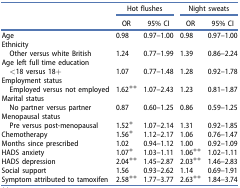
<table><thead><tr><td><b> </b></td><td colspan="2"><b>Hot flushes</b></td><td colspan="2"><b>Night sweats</b></td></tr><tr><td><b> </b></td><td><b>OR</b></td><td><b>95% CI</b></td><td><b>OR</b></td><td><b>95% CI</b></td></tr></thead><tbody><tr><td>Age</td><td>0.98</td><td>0.97–1.00</td><td>0.98</td><td>0.97–1.00</td></tr><tr><td>Ethnicity</td><td> </td><td> </td><td> </td><td> </td></tr><tr><td> Other versus white British</td><td>1.24</td><td>0.77–1.99</td><td>1.39</td><td>0.86–2.24</td></tr><tr><td>Age left full time education</td><td> </td><td> </td><td> </td><td> </td></tr><tr><td> &lt;18 versus 18+</td><td>1.07</td><td>0.77–1.48</td><td>1.28</td><td>0.92–1.78</td></tr><tr><td>Employment status</td><td> </td><td> </td><td> </td><td> </td></tr><tr><td> Employed versus not employed</td><td>1.62**</td><td>1.07–2.43</td><td>1.23</td><td>0.81–1.87</td></tr><tr><td>Marital status</td><td> </td><td> </td><td> </td><td> </td></tr><tr><td> No partner versus partner</td><td>0.87</td><td>0.60–1.25</td><td>0.86</td><td>0.59–1.25</td></tr><tr><td>Menopausal status</td><td> </td><td> </td><td> </td><td> </td></tr><tr><td> Pre versus post-menopausal</td><td>1.52*</td><td>1.07–2.14</td><td>1.31</td><td>0.92–1.85</td></tr><tr><td>Chemotherapy</td><td>1.56*</td><td>1.12–2.17</td><td>1.06</td><td>0.76–1.47</td></tr><tr><td>Months since prescribed</td><td>1.02</td><td>0.94–1.12</td><td>1.00</td><td>0.92–1.09</td></tr><tr><td>HADS anxiety</td><td>1.07*</td><td>1.03–1.11</td><td>1.06**</td><td>1.02–1.11</td></tr><tr><td>HADS depression</td><td>2.04**</td><td>1.45–2.87</td><td>2.03**</td><td>1.46–2.83</td></tr><tr><td>Social support</td><td>1.56</td><td>0.93–2.62</td><td>1.14</td><td>0.69–1.91</td></tr><tr><td>Symptom attributed to tamoxifen</td><td>2.58**</td><td>1.77–3.77</td><td>2.63**</td><td>1.84–3.74</td></tr></tbody></table>